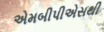
એમબીપીએસથી